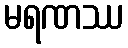
မရဏဿ